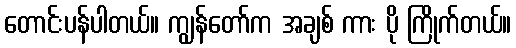
တောင်းပန်ပါတယ်။ ကျွန်တော်က အချစ် ကား ပို ကြိုက်တယ်။